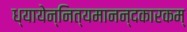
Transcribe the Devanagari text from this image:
ध्यायेन्नित्यमानन्दकारकम्